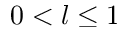
0 < l \leq 1